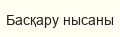
Басқару нысаны